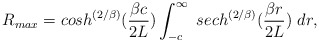
\begin{align*}R_{max} = cosh^{\left({2/\beta}\right)}({{\beta c} \over {2L}})\int^{\infty}_{-c}\,\, sech^{\left({2/\beta}\right)}({{\beta r} \over {2L}})\,\,dr,\end{align*}